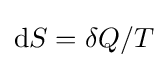
{\textstyle \mathrm {d} S=\delta Q/T}